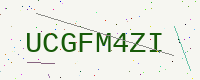
Text: UCGFM4ZI